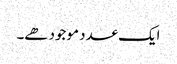
ایک عدد موجود ھے۔